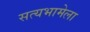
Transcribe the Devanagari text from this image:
सत्यभामेला